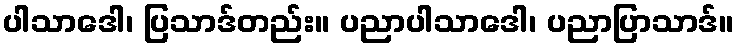
ပါသာဒေါ၊ ပြသာဒ်တည်း။ ပညာပါသာဒေါ၊ ပညာပြာသာဒ်။